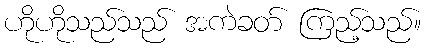
ဟိုဟိုသည်သည် အကဲခတ် ကြည့်သည်။